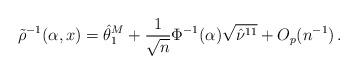
LaTeX: \begin{align*}\tilde{\rho}^{-1}(\alpha, x) = \hat{\theta}^M_1 + \frac{1}{\sqrt{n}}\Phi^{-1}(\alpha) \sqrt{\hat{\nu}^{11}} + O_p(n^{-1}) \,.\end{align*}